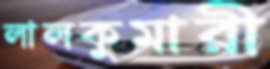
লালকুমারী